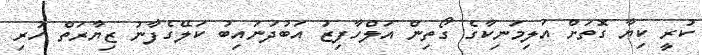
ކުރީ ކިޔާ ގޮތަށް އަލިމަނިކާގެ ގޯތިން އަލްހާފިޒު އަބުދުނައިބު ކަލޭގެފާނު ޒިޔާރަތް ހުރި